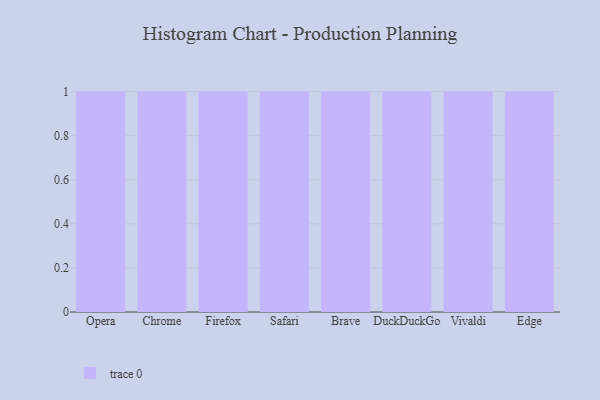
{"axis": {"x": "Browser", "y": "Humidity (%)"}, "legend": [""], "data": [{"x": "Opera", "y": 11, "type": ""}, {"x": "Chrome", "y": 10, "type": ""}, {"x": "Firefox", "y": 57, "type": ""}, {"x": "Safari", "y": 46, "type": ""}, {"x": "Brave", "y": 71, "type": ""}, {"x": "DuckDuckGo", "y": 61, "type": ""}, {"x": "Vivaldi", "y": 80, "type": ""}, {"x": "Edge", "y": 11, "type": ""}]}